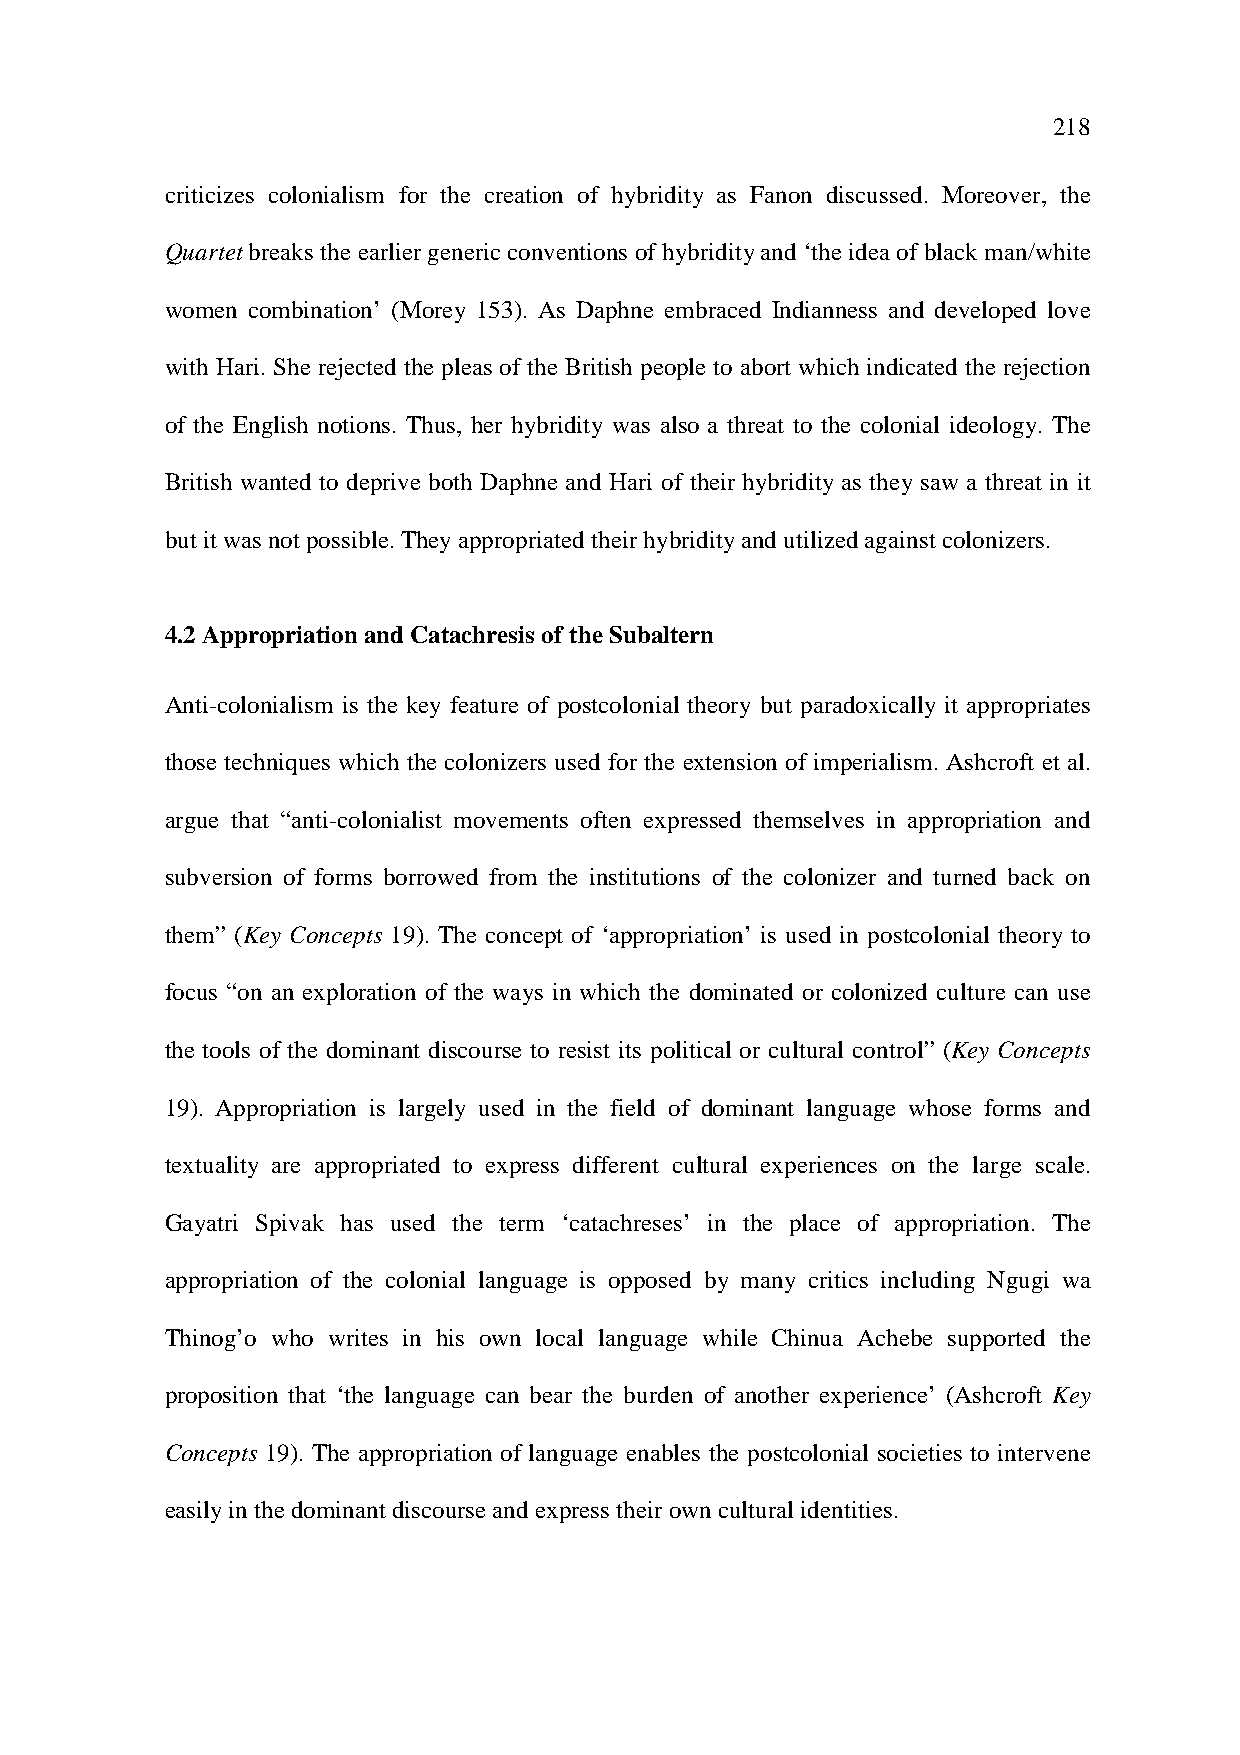
218
 criticizes colonialism for the creation of hybridity as Fanon discussed. Moreover, the
 Quartet breaks the earlier generic conventions of hybridity and ‘the idea of black man/white
 women combination’ (Morey 153). As Daphne embraced Indianness and developed love
 with Hari. She rejected the pleas of the British people to abort which indicated the rejection
 of the English notions. Thus, her hybridity was also a threat to the colonial ideology. The
 British wanted to deprive both Daphne and Hari of their hybridity as they saw a threat in it
 but it was not possible. They appropriated their hybridity and utilized against colonizers.
 4.2 Appropriation and Catachresis of the Subaltern
 Anti-colonialism is the key feature of postcolonial theory but paradoxically it appropriates
 those techniques which the colonizers used for the extension of imperialism. Ashcroft et al.
 argue that “anti-colonialist movements often expressed themselves in appropriation and
 subversion of forms borrowed from the institutions of the colonizer and turned back on
 them” (Key Concepts 19). The concept of ‘appropriation’ is used in postcolonial theory to
 focus “on an exploration of the ways in which the dominated or colonized culture can use
 the tools of the dominant discourse to resist its political or cultural control” (Key Concepts
 19). Appropriation is largely used in the field of dominant language whose forms and
 textuality are appropriated to express different cultural experiences on the large scale.
 Gayatri Spivak has used the term ‘catachreses’ in the place of appropriation. The
 appropriation of the colonial language is opposed by many critics including Ngugi wa
 Thinog’o who writes in his own local language while Chinua Achebe supported the
 proposition that ‘the language can bear the burden of another experience’ (Ashcroft Key
 Concepts 19). The appropriation of language enables the postcolonial societies to intervene
 easily in the dominant discourse and express their own cultural identities.